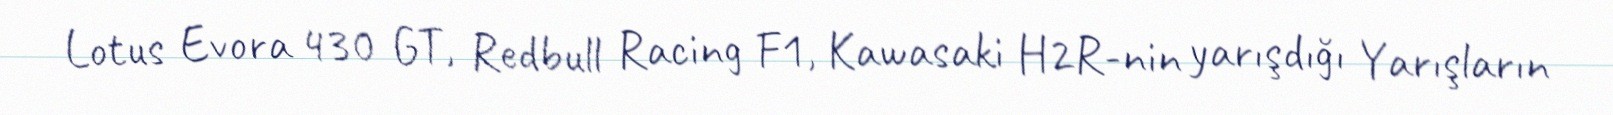
Lotus Evora 430 GT, Redbull Racing F1, Kawasaki H2R-nin yarışdığı Yarışların